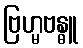
ဗြဟ္မဗန္ဓူ